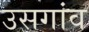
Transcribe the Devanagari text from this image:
उसगांव